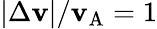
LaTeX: |\Delta\mathbf{v}|/\mathbf{v}_{\mathrm{{A}}}=1